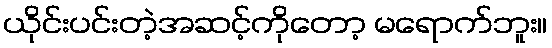
ယိုင်းပင်းတဲ့အဆင့်ကိုတော့ မရောက်ဘူး။